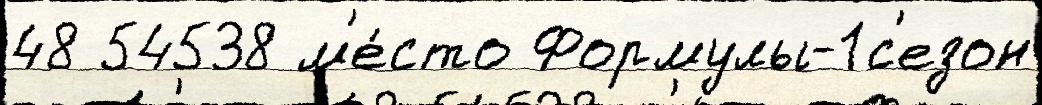
48 54538 м'е́сто Формулы-1с'езон